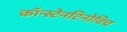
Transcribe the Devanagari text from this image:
कॉन्स्टेनटिनोविच